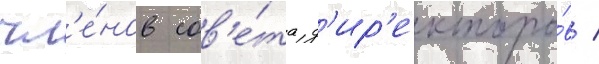
чл'е́нов сов'е́та д'ир'екторо́в /